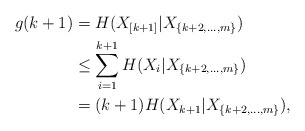
\begin{align*}g(k+1) &= H(X_{[k+1]}|X_{\{k+2,\ldots,m\}}) \\& \le \sum_{i=1}^{k+1} H(X_{i}|X_{\{k+2,\ldots,m\}}) \\& = (k+1) H(X_{k+1}|X_{\{k+2,\ldots,m\}}),\end{align*}